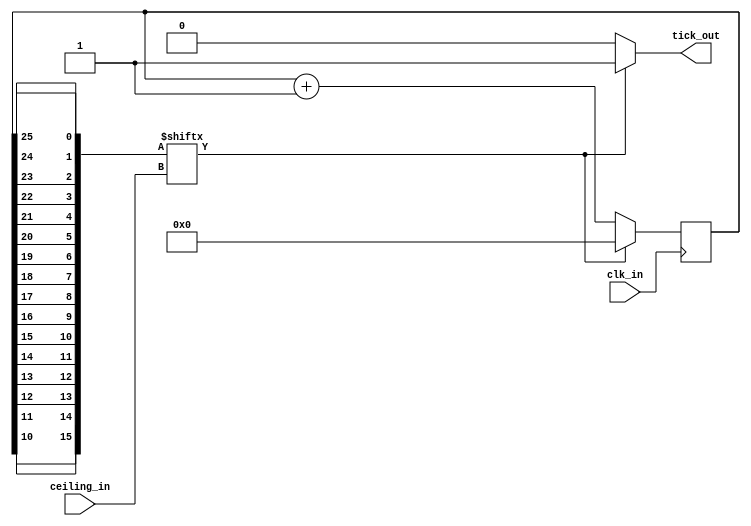
module
	timer#(
		parameter
		// This gives the number of bits to be counted when ceiling_in is zero
		COUNTER_WIDTH = 25,
		// This gives the number of bits in the ceiling value
		CEILING_WIDTH = 4
	)(
		input  wire                    clk_in,
		input  wire[CEILING_WIDTH-1:0] ceiling_in,
		output reg                     tick_out
	);

	localparam TOP_BIT = 2**CEILING_WIDTH - 1;
	function[TOP_BIT:0] reverse(input[COUNTER_WIDTH:0] fwd);
		integer i;
		for ( i = 0; i <= TOP_BIT; i = i + 1 )
			reverse[i] = fwd[COUNTER_WIDTH-i];
	endfunction
	reg[COUNTER_WIDTH:0] count_next, count = 0;
	wire[TOP_BIT:0] revCount;

	// Infer registers
	always @(posedge clk_in)
		count <= count_next;

	assign revCount = reverse(count);
	
	always @*
	begin
		if ( revCount[ceiling_in] == 1'b0 )
			begin
				count_next = count + 1'b1;
				tick_out = 1'b0;
			end
		else
			begin
				count_next = 0;
				tick_out = 1'b1;
			end
	end
endmodule